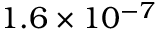
1 . 6 \times 1 0 ^ { - 7 }